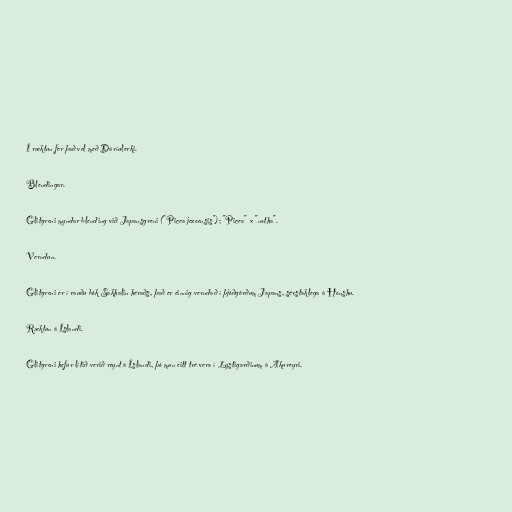
Í ræktun fer það vel með Dáríulerki.

Blendingar.

Glitgreni myndar blending við Japansgreni ("Picea jezoensis"); "Picea" × "notha".

Verndun.

Glitgreni er í rauðu bók Sakhalin héraðs, það er einnig verndað í þjóðgörðum Japans, sérstaklega á Honshu.

Ræktun á Íslandi.

Glitgreni hefur lítið verið reynt á Íslandi, þó mun eitt tré vera í Lystigarðinum á Akureyri.